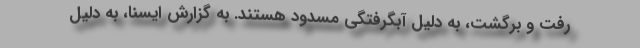
رفت و برگشت، به دلیل آبگرفتگی مسدود هستند. به گزارش ایسنا، به دلیل